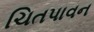
ચિતપાવન